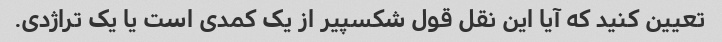
تعیین کنید که آیا این نقل قول شکسپیر از یک کمدی است یا یک تراژدی.